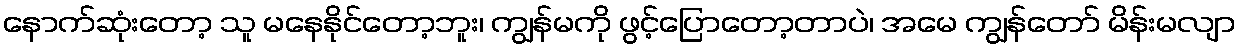
နောက်ဆုံးတော့ သူ မနေနိုင်တော့ဘူး၊ ကျွန်မကို ဖွင့်ပြောတော့တာပဲ၊ အမေ ကျွန်တော် မိန်းမလျာ